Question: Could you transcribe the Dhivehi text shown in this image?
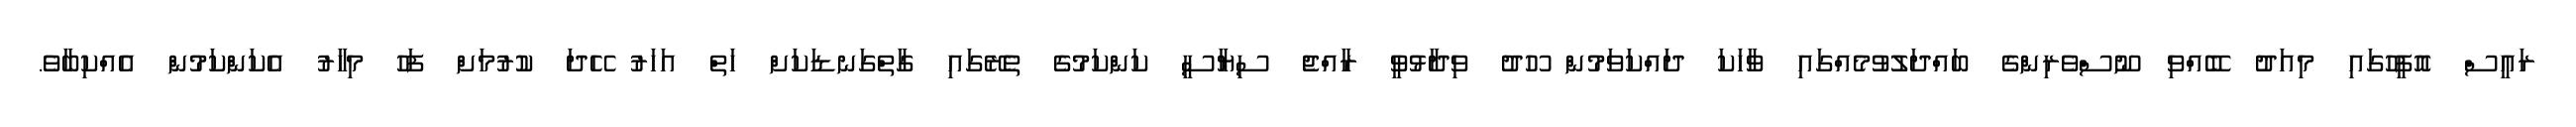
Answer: ރައީސް އޮފީހުގައި މިއަދު ބޭއްވި ނޫސްވެރިންގެ ބައްދަލުވުމެއްގައި ވާހަކަ ދައްކަވަމުން ހޫދު ވިދާޅުވީ ރާއްޖެ ސިޔާސީ ކަންކަމުގެ ތެރޭގައި ގާތްގަނޑަކަށް ހަތް އަހަރު ހޭދަ ކުރުމަށް ފަހު މިހާރު އެކަންކަމުން އެއްކިބާވެ.